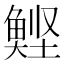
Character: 𮫹